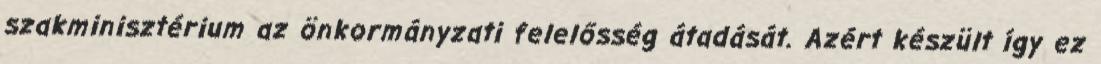
szakminisztérium az önkormányzati felelősség átadását. Azért készült így ez